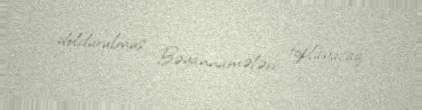
doldurulmuş Bəyannamələri toplayacaq.